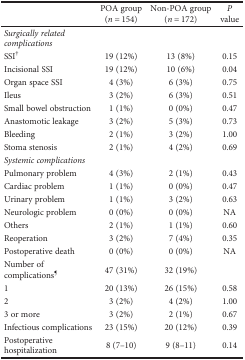
|  | POA group (n = 154) | Non-POA group (n = 172) | P value |
 | --- | --- | --- | --- |
 | Surgically related complications |  |  |  |
 | SSI† | 19 (12%) | 13 (8%) | 0.15 |
 | Incisional SSI | 19 (12%) | 10 (6%) | 0.04 |
 | Organ space SSI | 4 (3%) | 6 (3%) | 0.75 |
 | Ileus | 3 (2%) | 6 (3%) | 0.51 |
 | Small bowel obstruction | 1 (1%) | 0 (0%) | 0.47 |
 | Anastomotic leakage | 3 (2%) | 5 (3%) | 0.73 |
 | Bleeding | 2 (1%) | 3 (2%) | 1.00 |
 | Stoma stenosis | 2 (1%) | 4 (2%) | 0.69 |
 | Systemic complications |  |  |  |
 | Pulmonary problem | 4 (3%) | 2 (1%) | 0.43 |
 | Cardiac problem | 1 (1%) | 0 (0%) | 0.47 |
 | Urinary problem | 1 (1%) | 3 (2%) | 0.63 |
 | Neurologic problem | 0 (0%) | 0 (0%) | NA |
 | Others | 2 (1%) | 1 (1%) | 0.60 |
 | Reoperation | 3 (2%) | 7 (4%) | 0.35 |
 | Postoperative death | 0 (0%) | 0 (0%) | NA |
 | Number of complications¶ | 47 (31%) | 32 (19%) |  |
 | 1 | 20 (13%) | 26 (15%) | 0.58 |
 | 2 | 3 (2%) | 4 (2%) | 1.00 |
 | 3 or more | 3 (2%) | 2 (1%) | 0.67 |
 | Infectious complications | 23 (15%) | 20 (12%) | 0.39 |
 | Postoperative hospitalization | 8 (7–10) | 9 (8–11) | 0.14 |